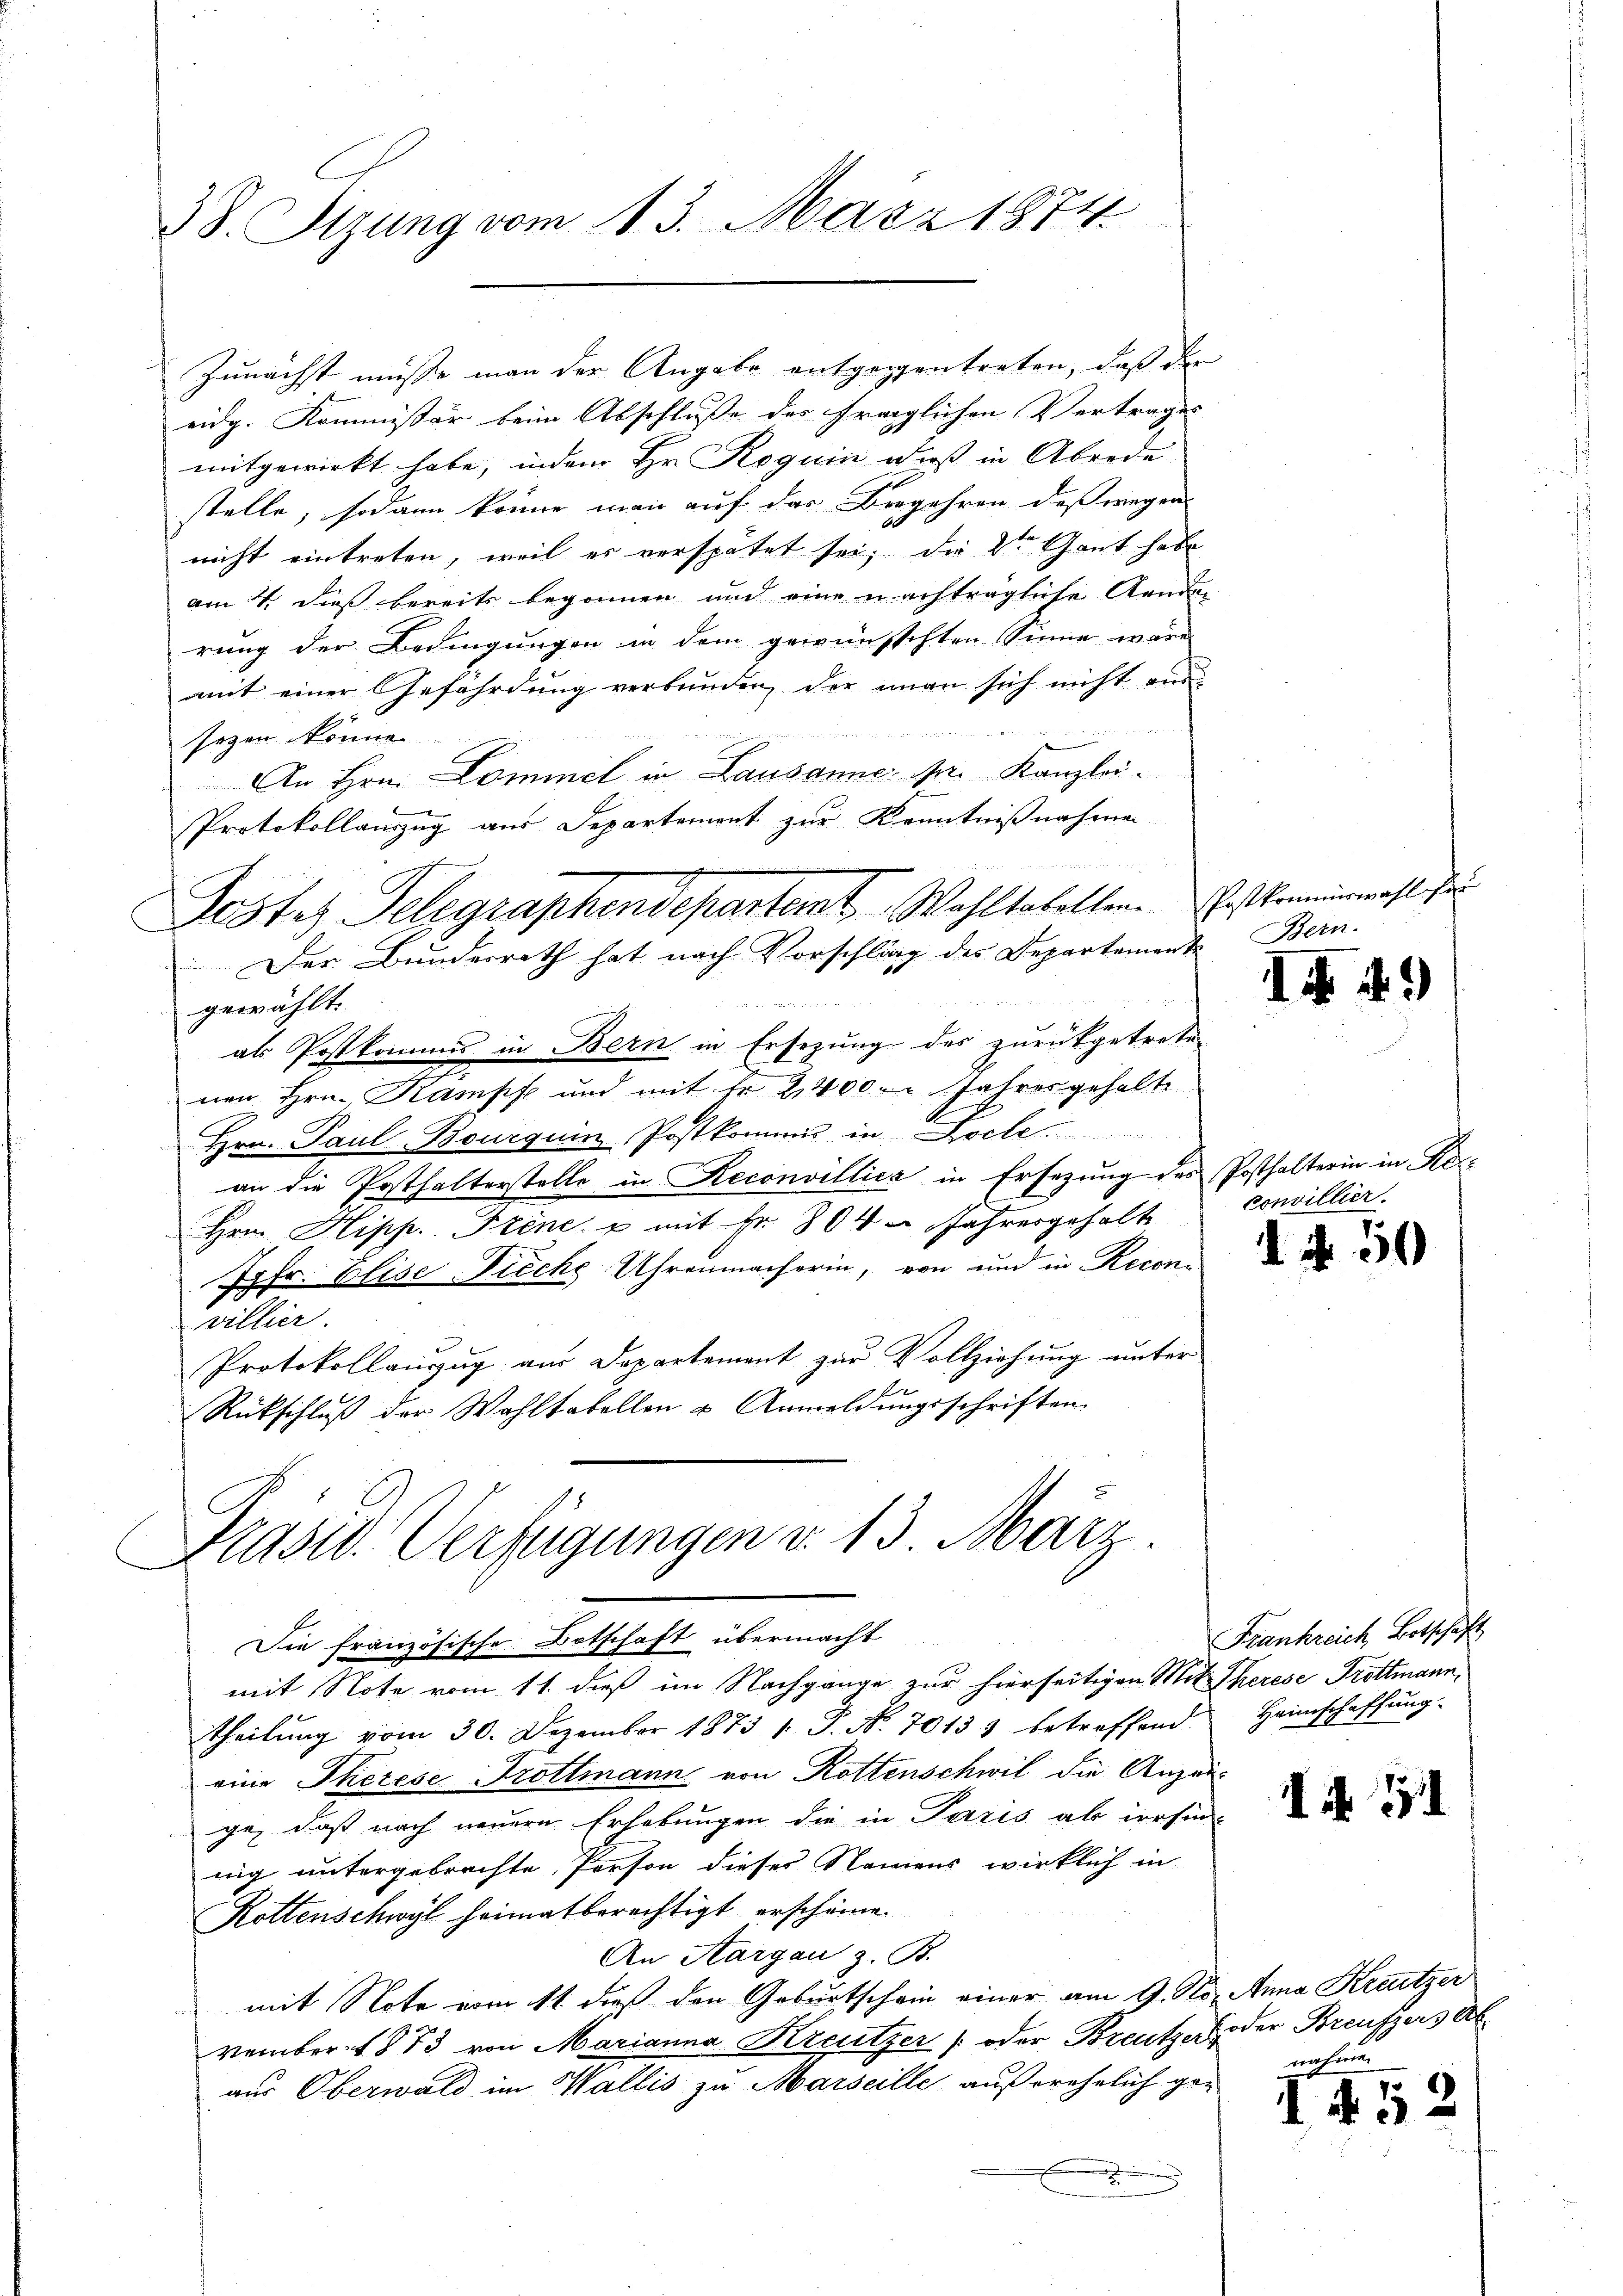
38. Sizung vom 13. März 1874.

Zunächst müsse man der Angabe entgegentreten, daß der
eidg. Kommissär beim Abschlusse des fraglichen Vertrages
mitgewirkt habe, indem Hr. Roguin daß in Abrede
stelle, sodann könne man auf das Begehren, deßwegen
nicht eintreten, weil er verspätet sei, die 2ten Gant habe
am 7. dieß bereits begonnen und eine nachträgliche Aenden
rung der Bedingungen in dem gewünschten Sinne wäre
mit einer Gefährdung verbunden, der man sich nicht aus
 eine an die gegen ganz der die diese, das war e
sezen könne
An Hrn. Commel in Lausanne pr. Kanzlei.
e
Protokollauszug aus Departemont zur Kenntnißnahmen
Der Bundesrath hat nach Vorschlag des Departement

Seine
gewählt.
als Postkommis in Bern in Ersezung des zurückgetrete
nen Hrn. Kampf und mit Fr. 24000 Jahrer gehalte
Hrn. Paul Bourquin Postkommis in Doct.
an die Posthalterstelle in Reconvillica in Ersezung des Posthalterin in Ko¬
Hrn. Hipp. Frene u mit Fr. 804 u Jahresgehalt
Jgfr. Elise Tieche Uhrenmacherin, von und in Reconvillier.
Protokollauszug aus Departement zur Vollziehung unter
 f
Rückschlŭβ der Wahltabellen u. Anmeldŭngsschriften.

Poster Telegraphendepartemt Wahltabellen. Das kommenmahl der

theilŭng vom 30. Dezember 1873 1. P. Nr. 70133 betreffend Heimschaffŭng
eine Therese Trottmann von Rottenschwil die Anzeige, daß nach neuere Erhebungen die in Paris als irrsin
nig untergebrachte Person dieses Namens wirklich in
Rottenschwyl heimatberechtigt erschäme.
An Aargau z. B.
mit Note vom 11. dieß den Geburtschein einer am 9. No. Anna Kreutzer
vember 1873 von Marianna Kreutzer (oder Breutzer oder Breufzers V
aus Oberwald im Wallis zu Marseille außerehelich ge¬

Präsid. Verfügungen v. 13. März
Sie französische Botschaft übermacht
mit Note vom 11. dieß im Nachgange zur hierseitigen Mit Therese Trottmann,

Bein.

1

.

4.)

convillier.

N. 50

Frankreich, Botschaft

I451

nahen

1452